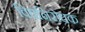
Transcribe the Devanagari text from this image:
विषनिरोधक